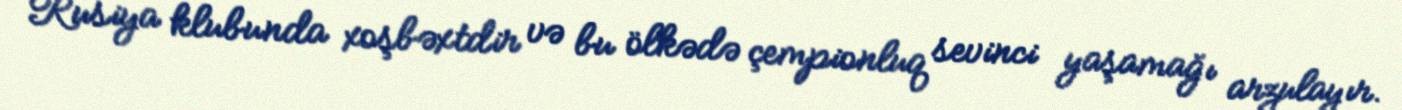
Rusiya klubunda xoşbəxtdir və bu ölkədə çempionluq sevinci yaşamağı arzulayır.